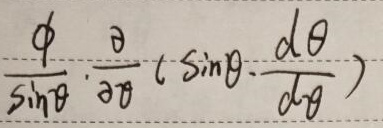
\[
\frac{\phi}{\sin\theta}\cdot\frac{\partial}{\partial\theta}\left(\sin\theta\cdot\frac{d\theta}{d\varphi}\right)
\]